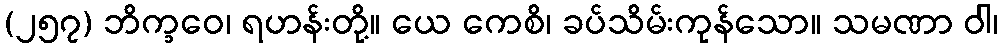
(၂၅၇) ဘိက္ခဝေ၊ ရဟန်းတို့။ ယေ ကေစိ၊ ခပ်သိမ်းကုန်သော။ သမဏာ ဝါ၊